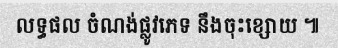
លទ្ធផល ចំណង់ផ្លូវភេទ នឹងចុះខ្សោយ ៕